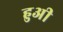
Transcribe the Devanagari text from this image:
हुअी